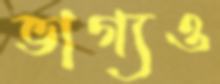
ভাগ্যও